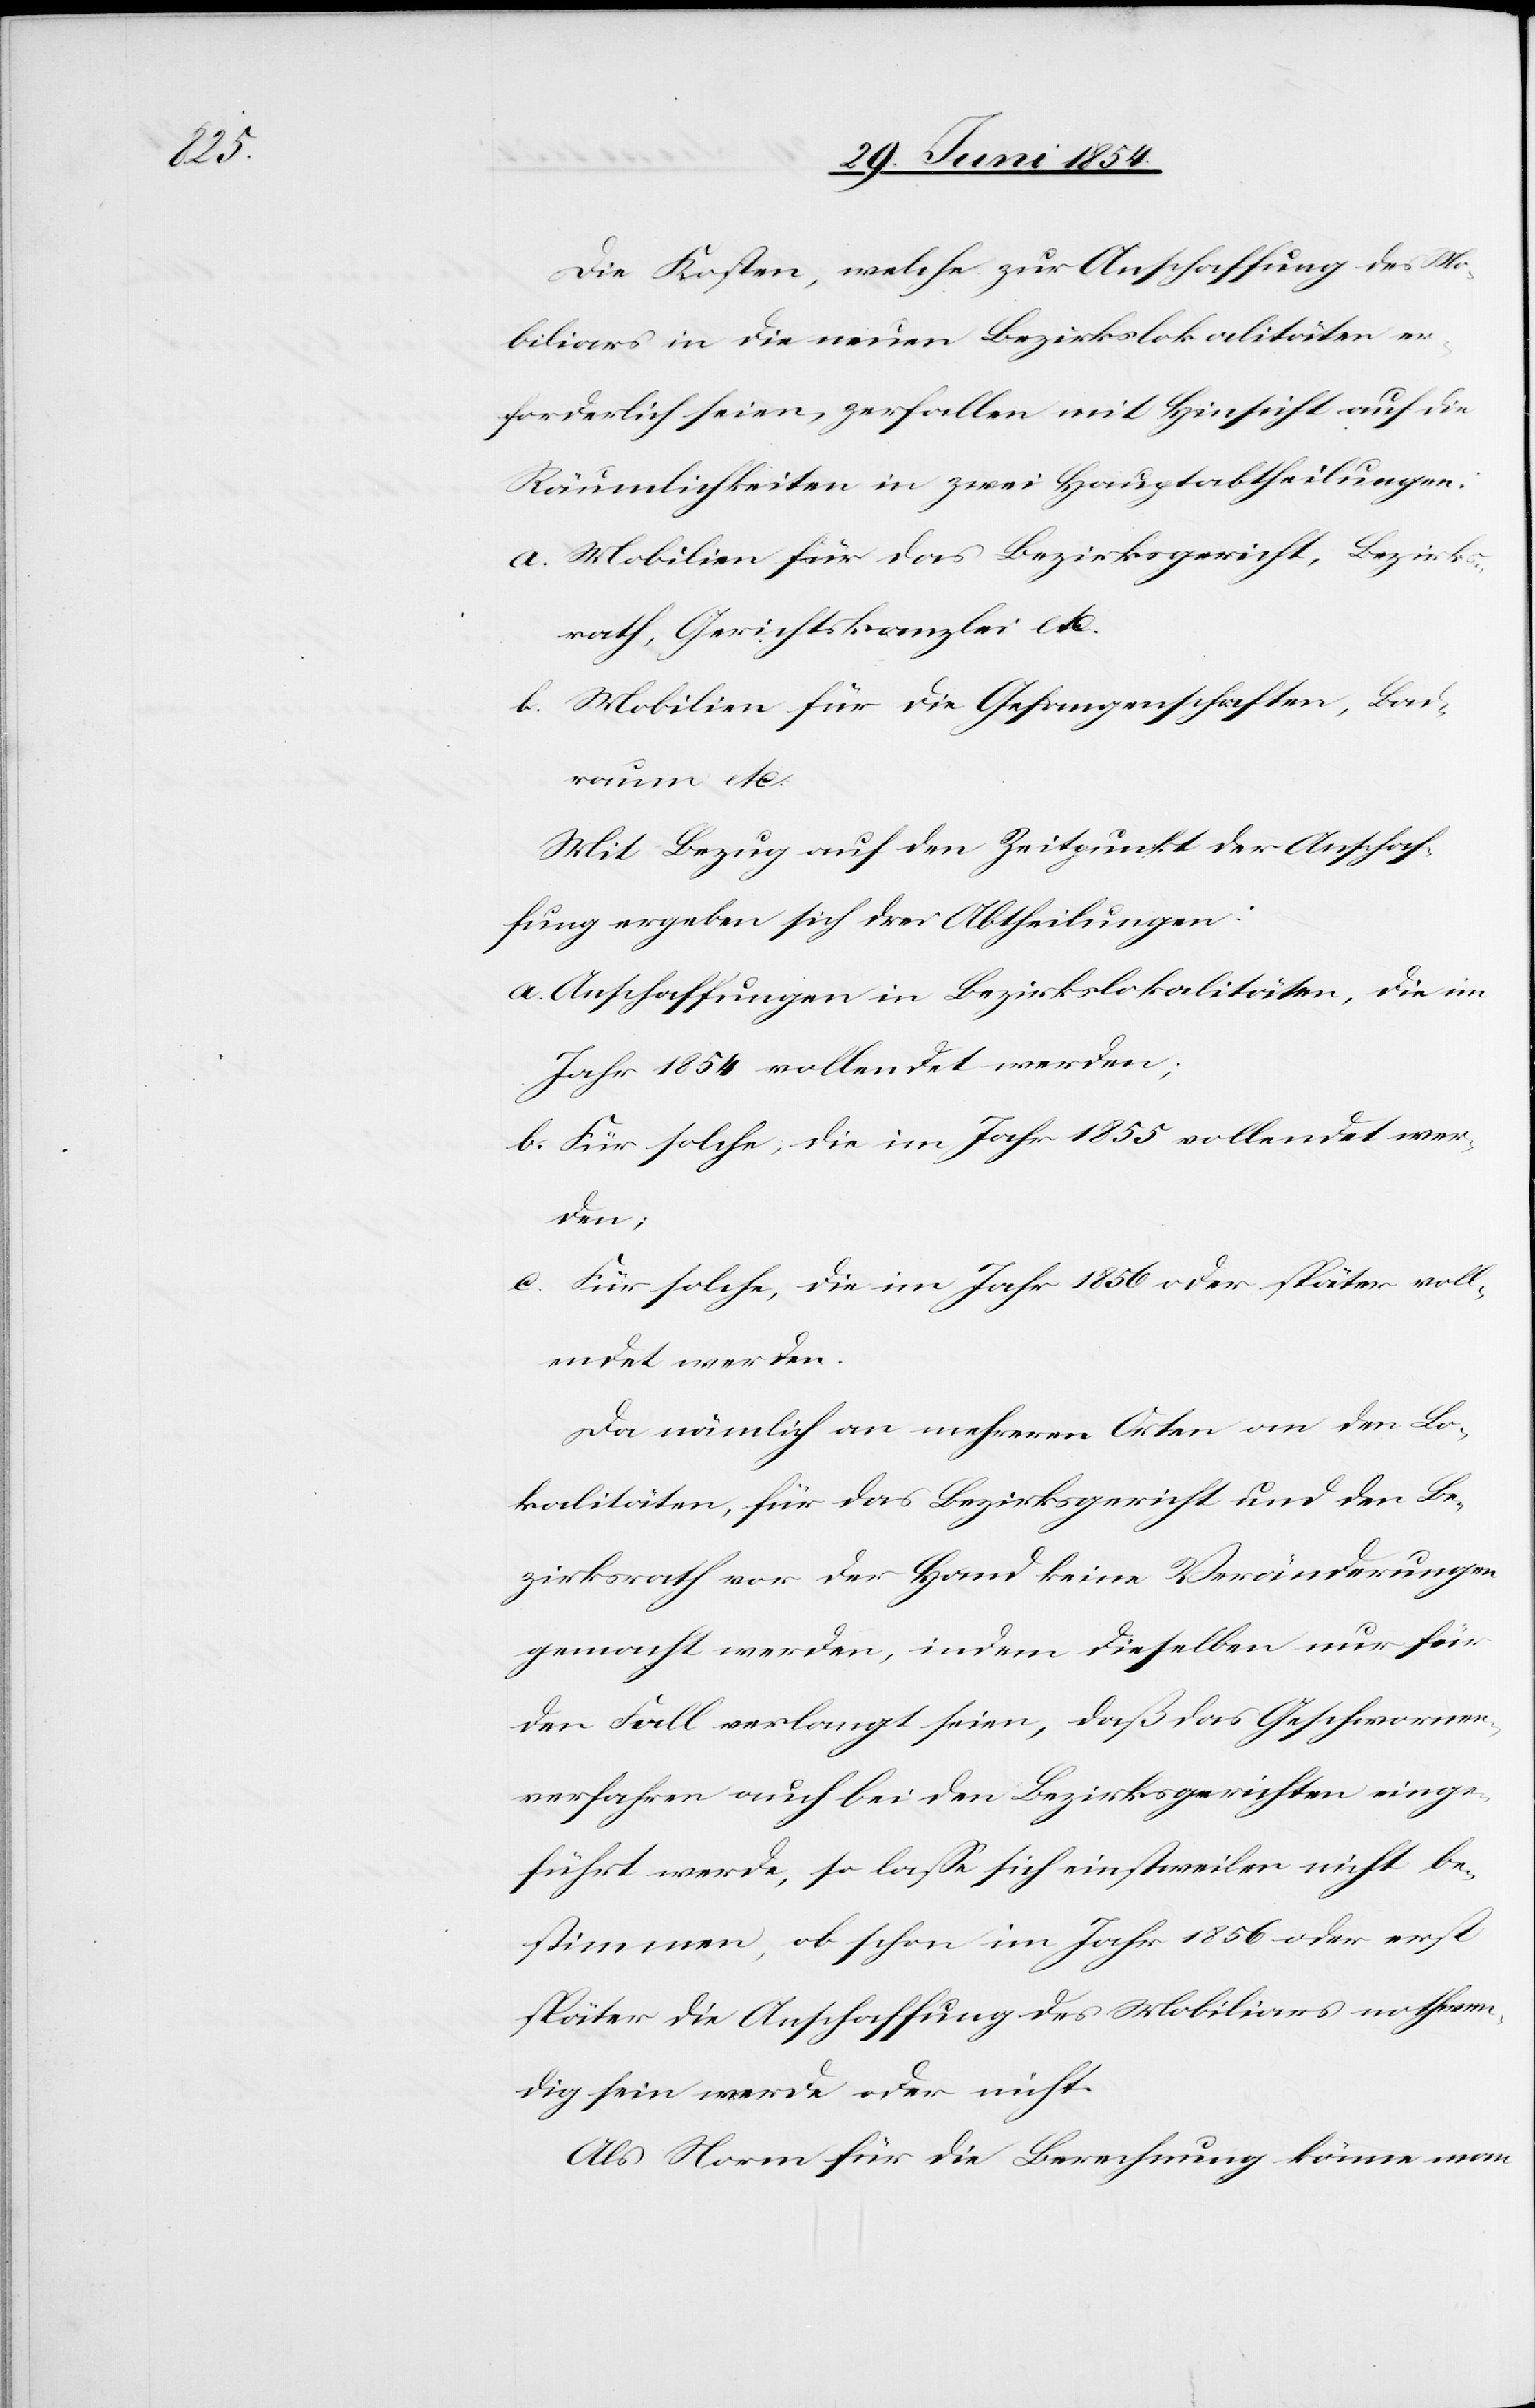
Die Kosten, welche zur Anschaffung des Mo¬
biliars in die neuen Bezirkslokalitäten er¬
forderlich seien, zerfallen mit Hinsicht auf die
Räumlichkeiten in zwei Hauptabtheilungen:
a. Mobilien für das Bezirksgericht, Bezirks¬
rath, Gerichtskanzlei etc.
b. Mobilien für die Gefangenschaften, Bad¬
raum etc.
Mit Bezug auf den Zeitpunkt der Anschaf¬
fung ergeben sich drei Abtheilungen:
a. Anschaffungen in Bezirkslokalitäten, die im
Jahr 1854 vollendet werden;
b. Für solche, die im Jahr 1855 vollendet wer¬
den;
c. Für solche, die im Jahr 1856 oder später voll¬
endet werden.
Da nämlich an mehreren Orten an den Lo¬
kalitäten, für das Bezirksgericht und den Be¬
zirksrath vor der Hand keine Veränderungen
gemacht werden, indem dieselben nur für
den Fall verlangt seien, daß das Geschwornen¬
verfahren auch bei den Bezirksgerichten einge¬
führt werde, so laße sich einstweilen nicht be¬
stimmen, ob schon im Jahr 1856 oder erst
später die Anschaffung des Mobiliars nothwen¬
dig sein werde oder nicht.
Als Norm für die Berechnung könne man